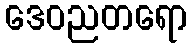
ဒေဝညတရော